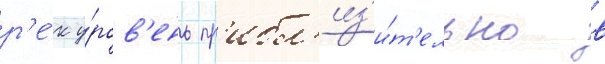
р'е́к у́ров'ень пр'ибл'из'и́т'ельно в